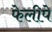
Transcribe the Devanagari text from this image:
फेलीपे